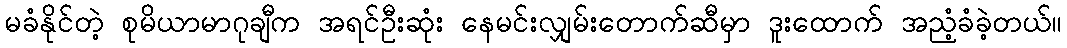
မခံနိုင်တဲ့ စုမိယာမာဂုချီက အရင်ဦးဆုံး နေမင်းလျှမ်းတောက်ဆီမှာ ဒူးထောက် အညံ့ခံခဲ့တယ်။